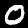
Label: 0